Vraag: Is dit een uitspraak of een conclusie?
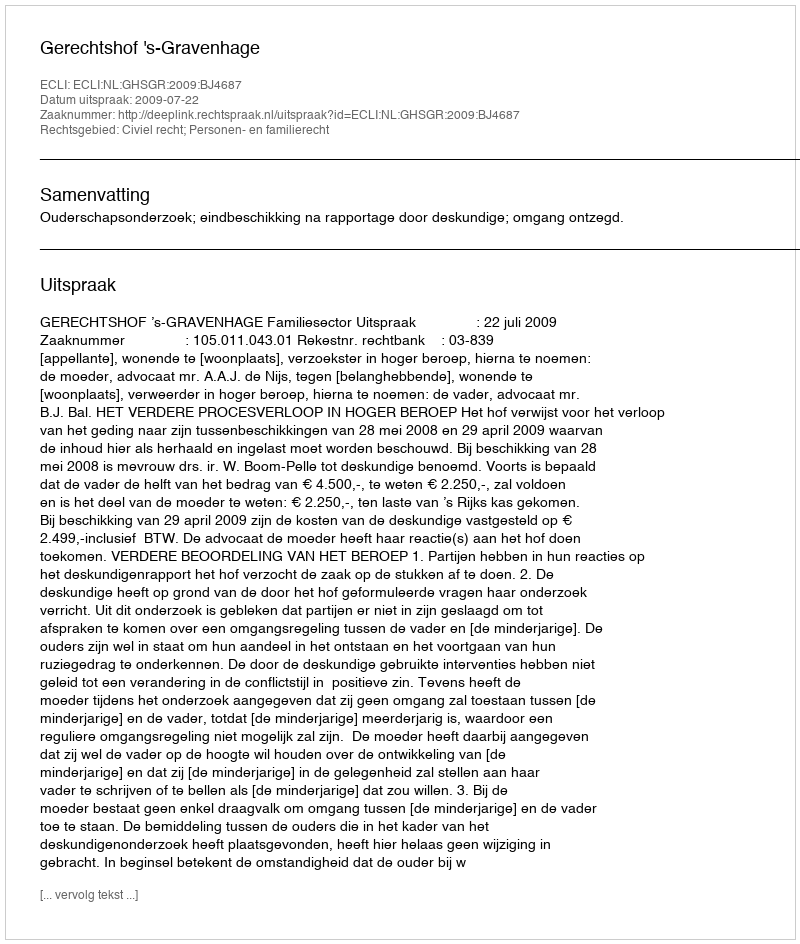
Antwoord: Uitspraak